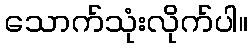
သောက်သုံးလိုက်ပါ။